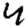
Digit: 4